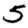
Digit: 5